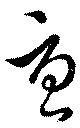
憂